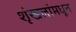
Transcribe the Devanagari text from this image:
शृंखलांमधून